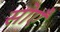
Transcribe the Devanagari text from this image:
सोएँ